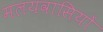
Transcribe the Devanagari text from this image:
मलयवासियों